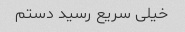
خیلی سریع رسید دستم